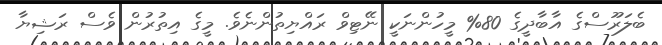
ބެލަރޫސްގެ އާބާދީގެ 80% މީހުންނަކީ ނޭޓިވް ރައްޔިތުންނެވެ. މީގެ އިތުރުން ވެސް ރަޝިޔާ